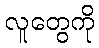
လူတွေကို